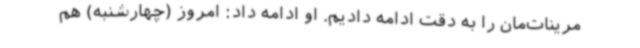
مرینات‌مان را به دقت ادامه دادیم. او ادامه داد: امروز (چهارشنبه) هم